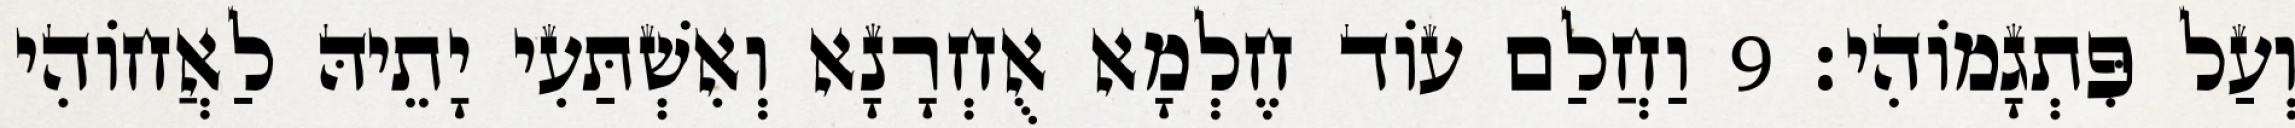
וְעַל פִּתְגָמוֹהִי׃ 9 וַחֲלַם עוֹד חֶלְמָא אֻחְרָנָא וְאִשְׁתַּעִי יָתֵיהּ לַאֲחוֹהִי